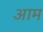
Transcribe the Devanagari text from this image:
अाम